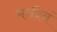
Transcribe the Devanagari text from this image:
भक्तीनं